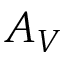
A _ { V }